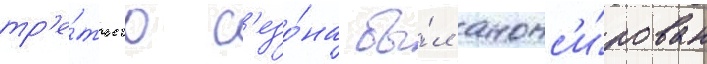
тр'е́тьего с'езо́на бы́л анонс'и́рован